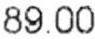
89.00